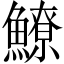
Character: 𩻻